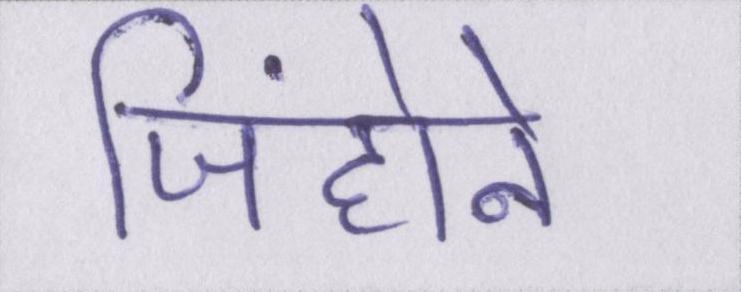
जिंहोने